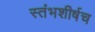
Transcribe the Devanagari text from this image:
स्तंभशीर्षच